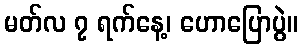
မတ်လ ၇ ရက်နေ့၊ ဟောပြောပွဲ။